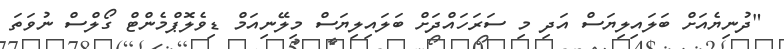
"ދުނިޔެއަށް ބަލައިލިޔަސް އަދި މި ސަރަހައްދަށް ބަލައިލިޔަސް މިލޭނިއަމް ޑިވެލޮޕްމެންޓް ގޯލްސް ނުވަތަ